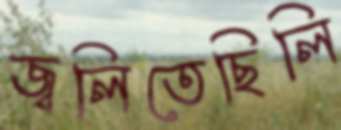
জ্বলিতেছিলি